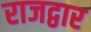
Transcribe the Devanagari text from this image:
राजद्वार